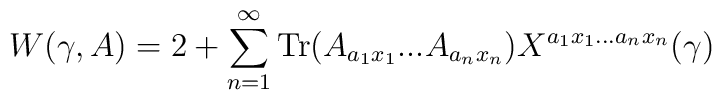
W(\gamma,A) = 2 + \sum_{n=1}^\infty{\rm Tr}(A_{a_1 x_1}...A_{a_n x_n}) X^{a_1 x_1...a_n x_n}(\gamma)